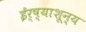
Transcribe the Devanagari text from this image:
ईर्ष्याशून्य